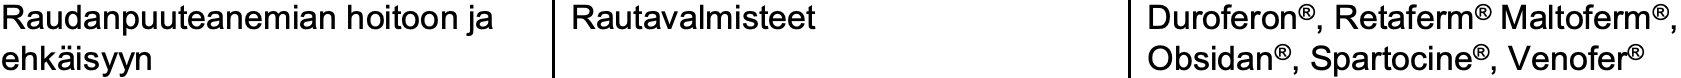
Raudanpuuteanemian hoitoon ja Rautavalmisteet Duroferon®, Retaferm®Maltoferm®, ehkäisyyn                             Obsidan®, Spartocine®, Venofer®